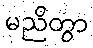
မညိတွာ